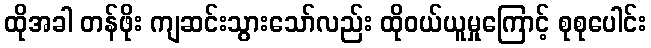
ထိုအခါ တန်ဖိုး ကျဆင်းသွားသော်လည်း ထိုဝယ်ယူမှုကြောင့် စုစုပေါင်း